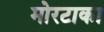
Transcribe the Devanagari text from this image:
मोरटाका